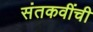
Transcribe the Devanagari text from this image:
संतकवींची